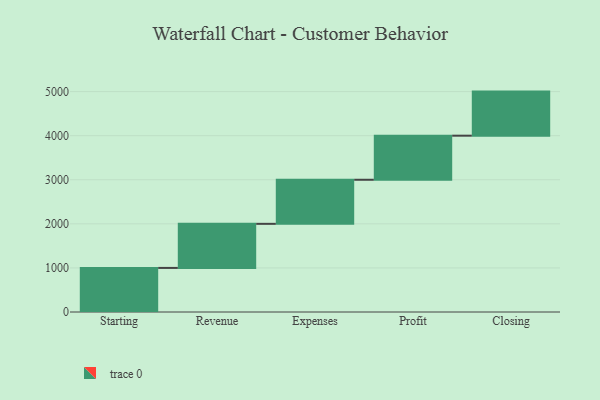
{"axis": {"x": "Step", "y": "Value"}, "legend": [""], "data": [{"x": "Starting", "y": 1000, "type": ""}, {"x": "Revenue", "y": 1000, "type": ""}, {"x": "Expenses", "y": 1000, "type": ""}, {"x": "Profit", "y": 1000, "type": ""}, {"x": "Closing", "y": 1000, "type": ""}]}